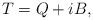
LaTeX: \begin{align*}T=Q+iB,\end{align*}